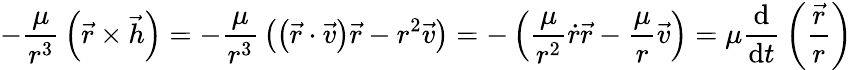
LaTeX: -{\frac{\mu}{r^{3}}}\left({\vec{r}}\times{\vec{h}}\right)=-{\frac{\mu}{r^{3}}}\left(\left({\vec{r}}\cdot{\vec{v}}\right){\vec{r}}-r^{2}{\vec{v}}\right)=-\left({\frac{\mu}{r^{2}}}{\dot{r}}{\vec{r}}-{\frac{\mu}{r}}{\vec{v}}\right)=\mu{\frac{\mathrm{d}}{\mathrm{d}t}}\left({\frac{\vec{r}}{r}}\right)